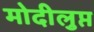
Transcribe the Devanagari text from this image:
मोदीलुप्त